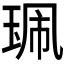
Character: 𰡿